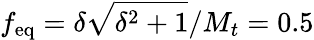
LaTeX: f_{\mathrm{eq}}=\delta\sqrt{\delta^{2}+1}/M_{t}=0.5